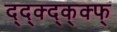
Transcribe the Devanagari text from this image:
द्द्क्द्क्क्फ्